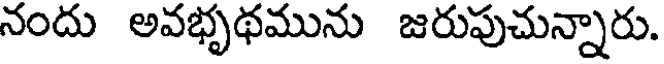
నందు అవభృథమును జరుపుచున్నారు.